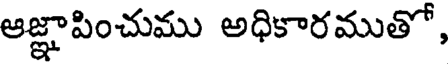
ఆజ్ఞాపించుము అధికారముతో,